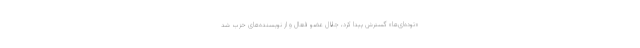
«توده‌ای‌ها» گسترش پیدا کرد، جلال عضو فعال و از نویسنده‌های حزب شد